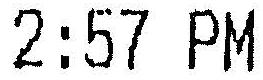
2:57 PM